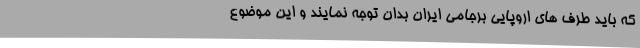
که باید طرف های اروپایی برجامی ایران بدان توجه نمایند و این موضوع